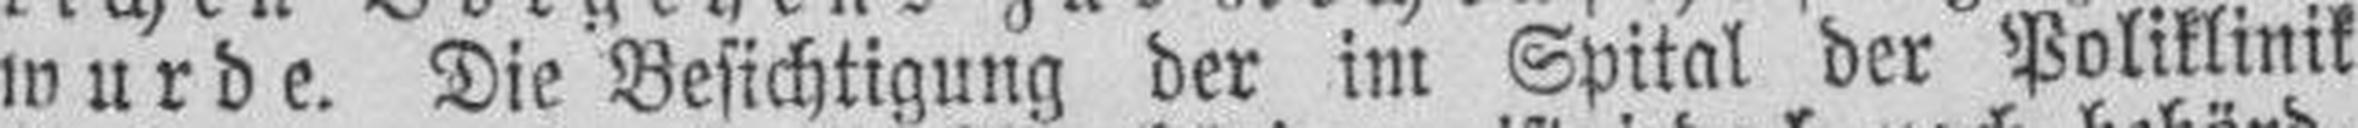
wurde. Die Besichtigung der im Spital der Poliklinik